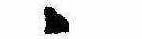
ゝ